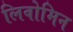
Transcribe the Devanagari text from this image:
लिवोमिन